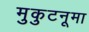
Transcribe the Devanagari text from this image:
मुकुटनूमा